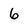
Character: 6